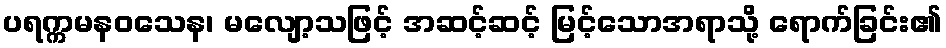
ပရက္ကမနဝသေန၊ မလျော့သဖြင့် အဆင့်ဆင့် မြင့်သောအရာသို့ ရောက်ခြင်း၏